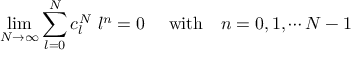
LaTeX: \operatorname * { l i m } _ { N \rightarrow \infty } \sum _ { l = 0 } ^ { N } c _ { l } ^ { N } \ l ^ { n } = 0 \ \quad \mathrm { w i t h } \quad n = 0 , 1 , \cdots N - 1 \,